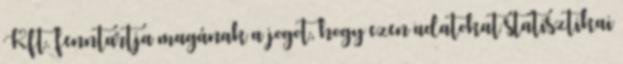
Kft. fenntartja magának a jogot, hogy ezen adatokat statisztikai